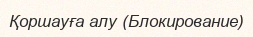
Қоршауға алу (Блокирование)